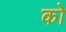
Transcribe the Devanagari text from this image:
को